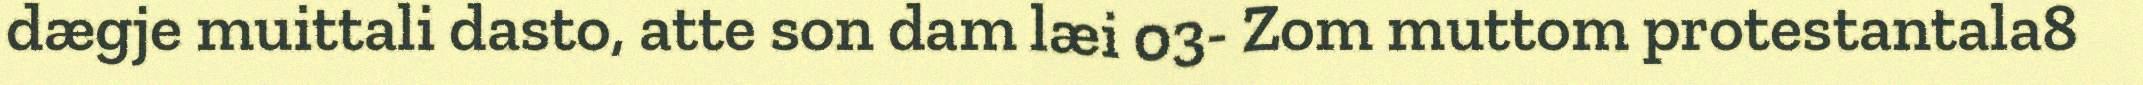
dægje muittali dasto, atte son dam læi 03- Zom muttom protestantala8